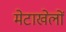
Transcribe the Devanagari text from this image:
मेटाखेलों